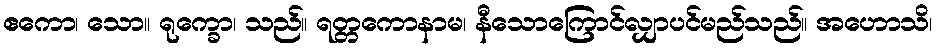
ဧကော၊ သော။ ရုက္ခော၊ သည်။ ရတ္တကောနာမ၊ နီသောကြောင်လျှာပင်မည်သည်။ အဟောသိ၊